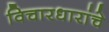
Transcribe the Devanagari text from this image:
विचारधारांचे